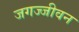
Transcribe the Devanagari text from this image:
जगज्जीवन